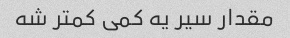
مقدار سیر یه کمی کمتر شه